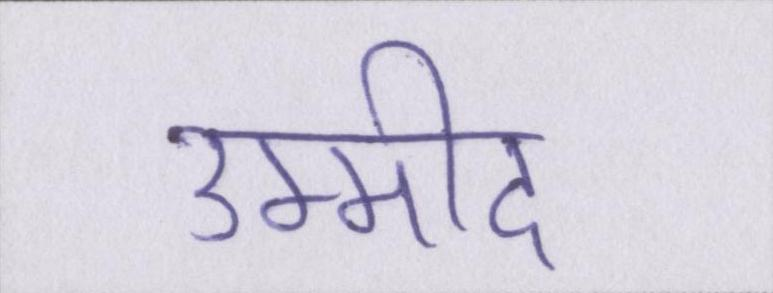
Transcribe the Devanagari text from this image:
उम्मीद